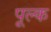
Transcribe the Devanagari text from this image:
पूल्क